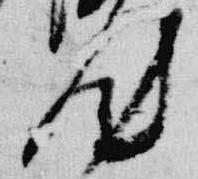
汰